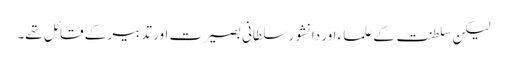
لیکن سلطنت کے علماء اور دانشور سلطانی بصیرت اور تدبیر کے قائل تھے۔